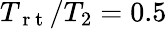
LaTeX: T_{\mathrm{~r~t~}}/T_{2}=0.5